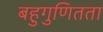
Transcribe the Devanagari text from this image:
बहुगुणितता